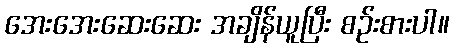
အေးအေးဆေးဆေး အချိန်ယူပြီး စဉ်းစားပါ။